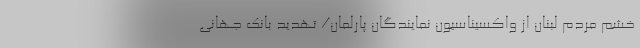
خشم مردم لبنان از واکسیناسیون نمایندگان پارلمان/ تهدید بانک جهانی